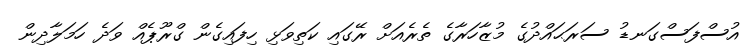
އުސްފަސްގަނޑު ސަރަޙައްދުގެ މުޒާހަރާގެ ތެރެއަށް ރޭގައި ކަތިވަޅި ހިފައިގެން ގްރޫޕެއް ވަދެ ހަމަލާދިން